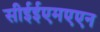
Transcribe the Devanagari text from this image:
सीईईएमएएन